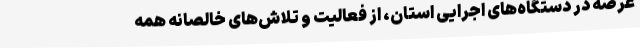
عرصه در دستگاه‌های اجرایی استان، از فعالیت و تلاش‌های خالصانه همه